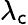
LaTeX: \lambda_{\mathsf{c}}